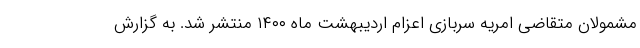
مشمولان متقاضی امریه سربازی اعزام اردیبهشت ماه ۱۴۰۰ منتشر شد. به گزارش